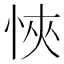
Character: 悏